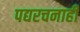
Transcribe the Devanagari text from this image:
पद्यरचनाही